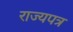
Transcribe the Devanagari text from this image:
राज्यपत्र